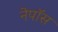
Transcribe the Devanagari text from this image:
नेपॉस